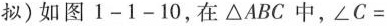
拟)如图1-1-10，在\triangle ABC中，\angle C=